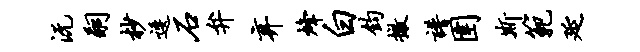
沅嗣杪逶石弁弃烽白钧撤谱圉斯范延